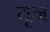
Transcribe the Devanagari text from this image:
तृन